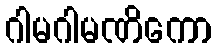
ဂါမဂါမဏိကော